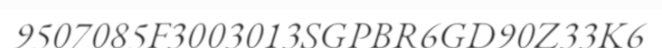
9507085F3003013SGPBR6GD90Z33K6